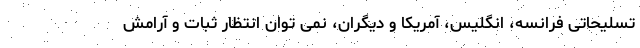
تسلیحاتی فرانسه، انگلیس، آمریکا و دیگران، نمی توان انتظار ثبات و آرامش